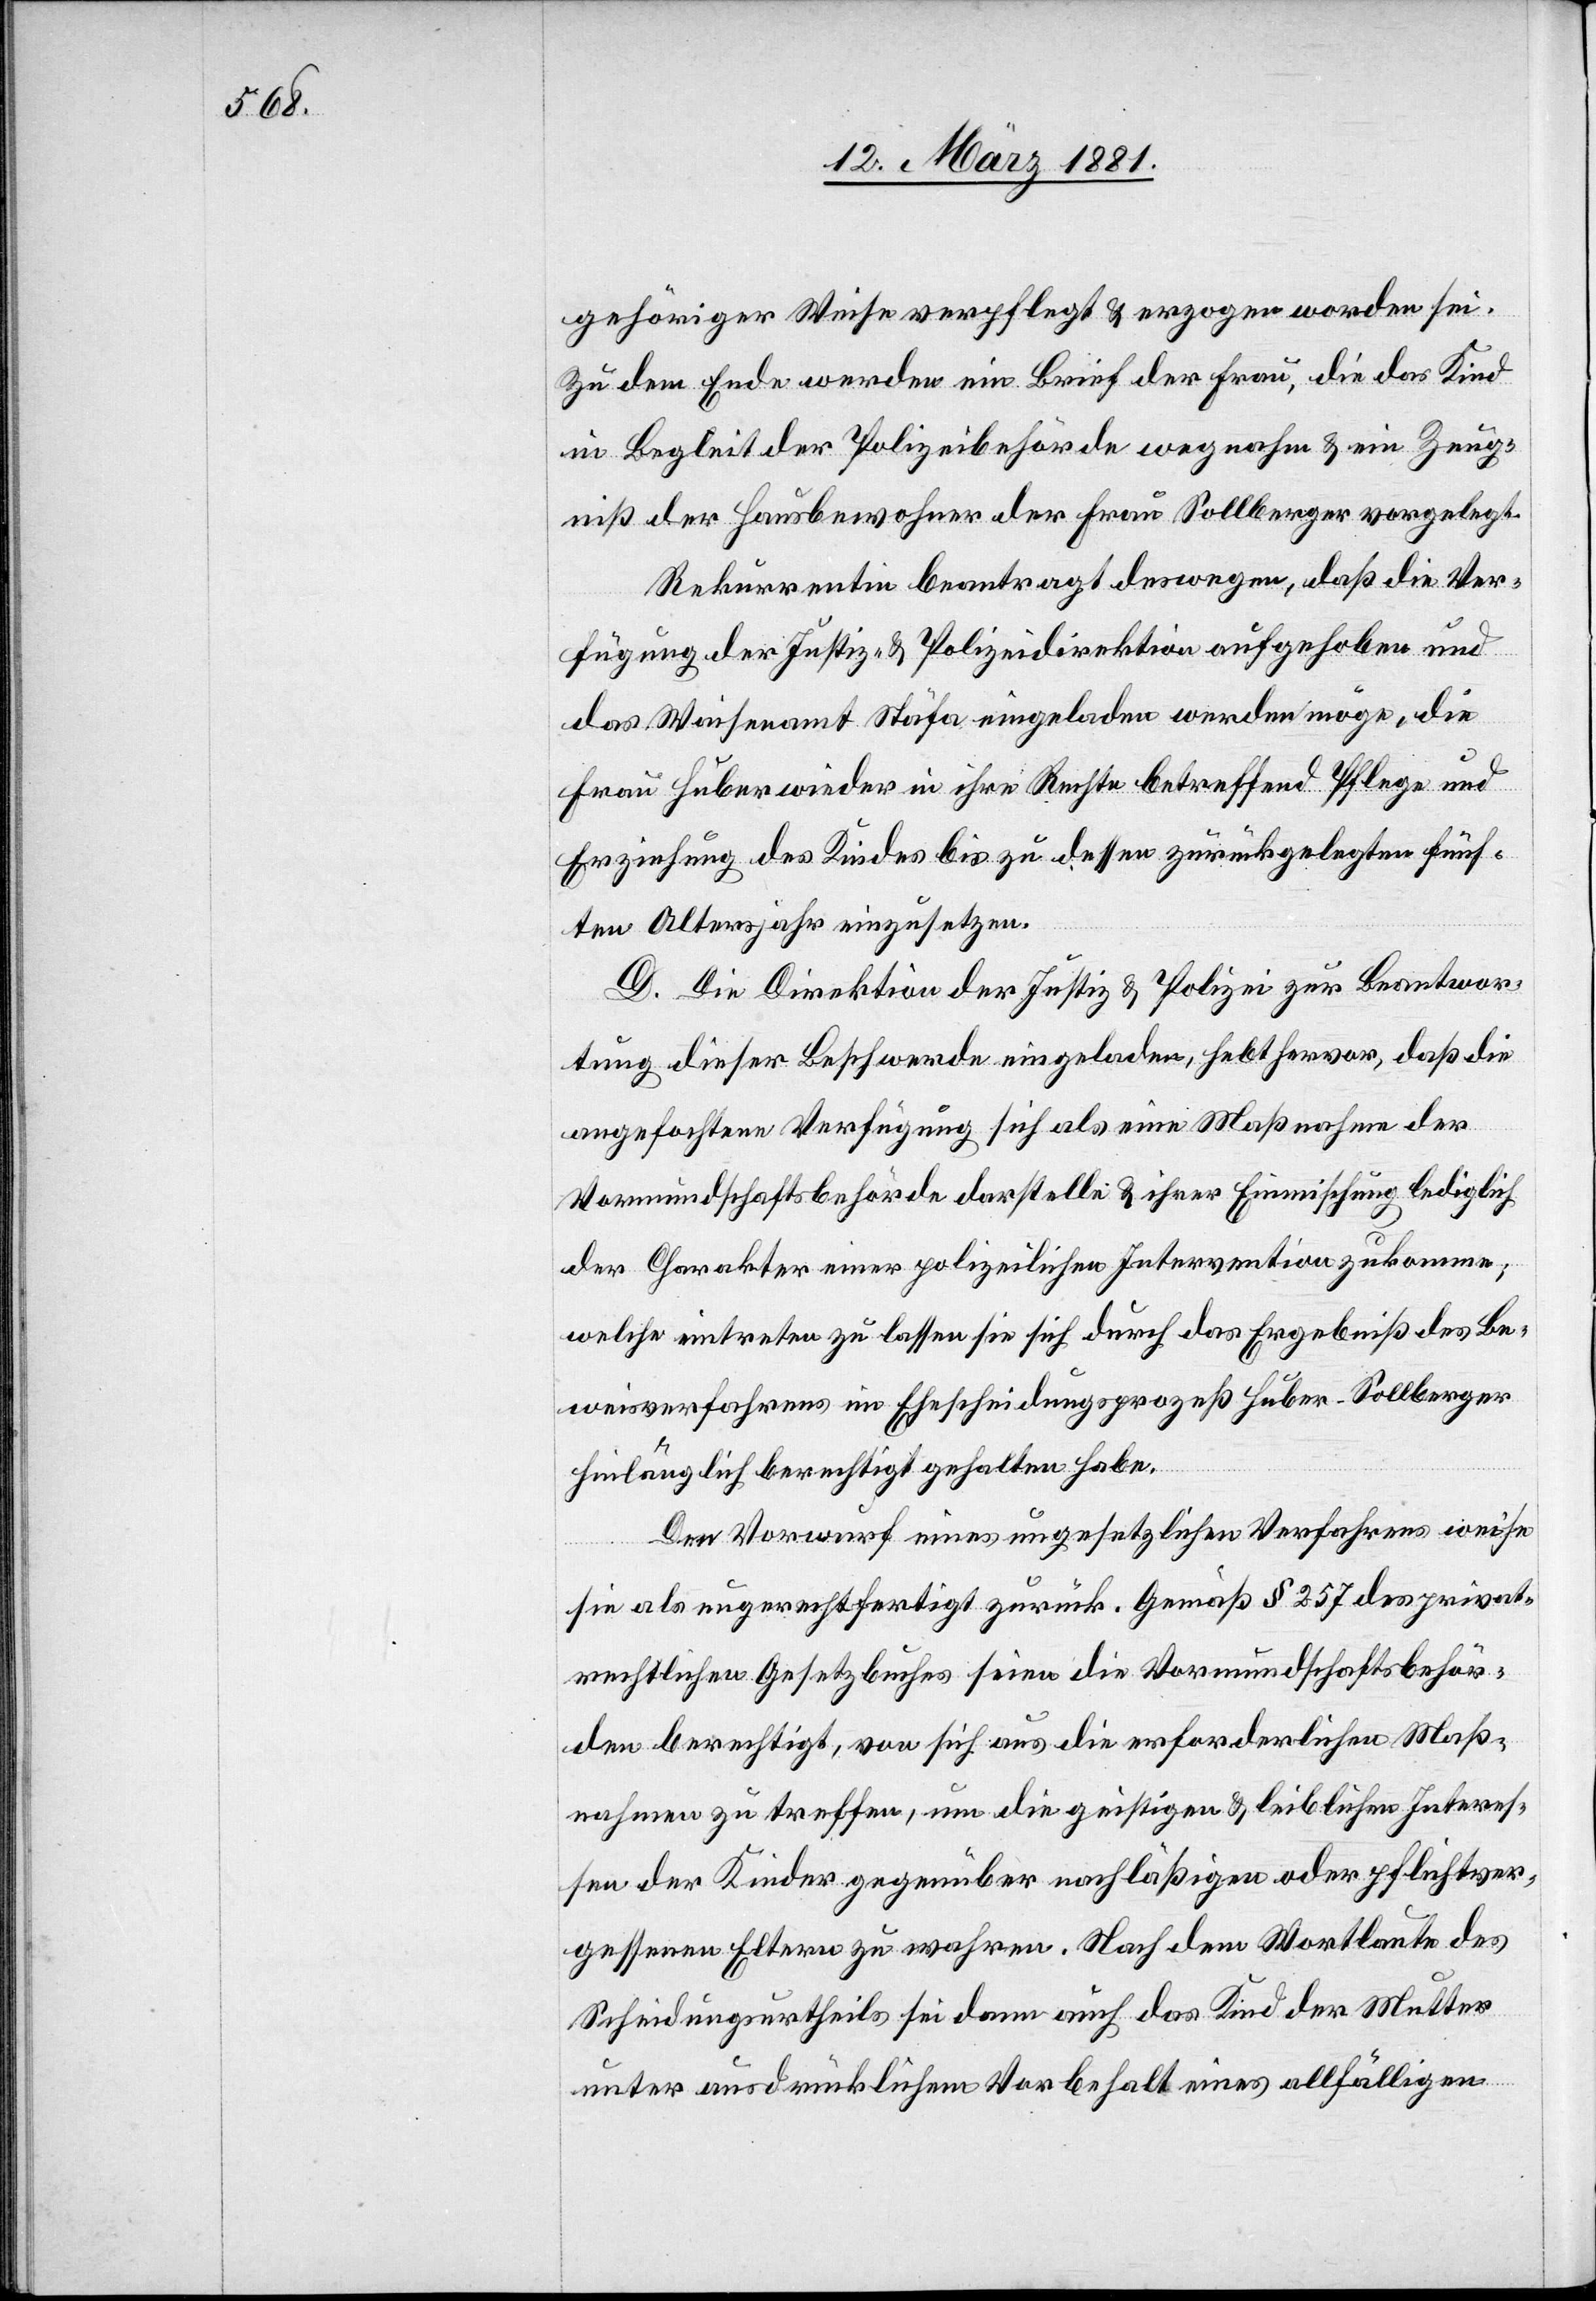
gehöriger Weise verpflegt & erzogen worden sei.
Zu dem Ende werden ein Brief der Frau, die das Kind
in Begleit der Polizeibehörde wegnahm & ein Zeug¬
niß der Hausbewohner der Frau Sollberger vorgelegt.
Rekurrentin beantragt deswegen, daß die Ver¬
fügung der Justiz- & Polizeidirektion aufgehoben und
das Waisenamt Stäfa eingeladen werden möge, die
Frau Huber wieder in ihre Rechte betreffend Pflege und
Erziehung des Kindes bis zu dessen zurückgelegten fünf¬
ten Altersjahr einzusetzen.
D. Die Direktion der Justiz & Polizei zur Beantwor¬
tung dieser Beschwerde eingeladen, hebt hervor, daß die
angefochtene Verfügung sich als eine Maßnahme der
Vormundschaftsbehörde darstelle & ihrer Einmischung lediglich
der Charakter einer polizeilichen Intervention zukomme;
welche eintreten zu lassen sie sich durch das Ergebniß des Be¬
weisverfahrens im Ehescheidungsprozeß Huber-Sollberger
hinlänglich berechtigt gehalten habe.
Den Vorwurf eines ungesetzlichen Verfahrens weise
sie als ungerechtfertigt zurück. Gemäß § 257 des privat¬
rechtlichen Gesetzbuches seien die Vormundschaftsbehör¬
den berechtigt, von sich aus die erforderlichen Maß¬
nahmen zu treffen, um die geistigen & leiblichen Interes¬
sen der Kinder gegenüber nachläßigen oder pflichtver¬
gessenen Eltern zu wahren. Nach dem Wortlaute des
Scheidungsurtheils sei dann auch das Kind der Mutter
unter ausdrücklichem Vorbehalt eines allfälligen